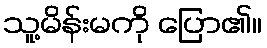
သူ့မိန်းမကို ပြော၏။